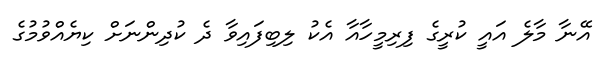
އޭނާ މާލެ އައީ ކުރީގެ ފިރިމީހާއާ އެކު ލިބިފައިވާ ދެ ކުދިންނަށް ކިޔެއްވުމުގެ